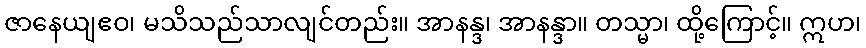
ဇာနေယျဧဝ၊ မသိသည်သာလျင်တည်း။ အာနန္ဒ၊ အာနန္ဒာ။ တသ္မာ၊ ထို့ကြောင့်။ ဣဟ၊